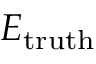
E _ { \mathrm { t r u t h } }